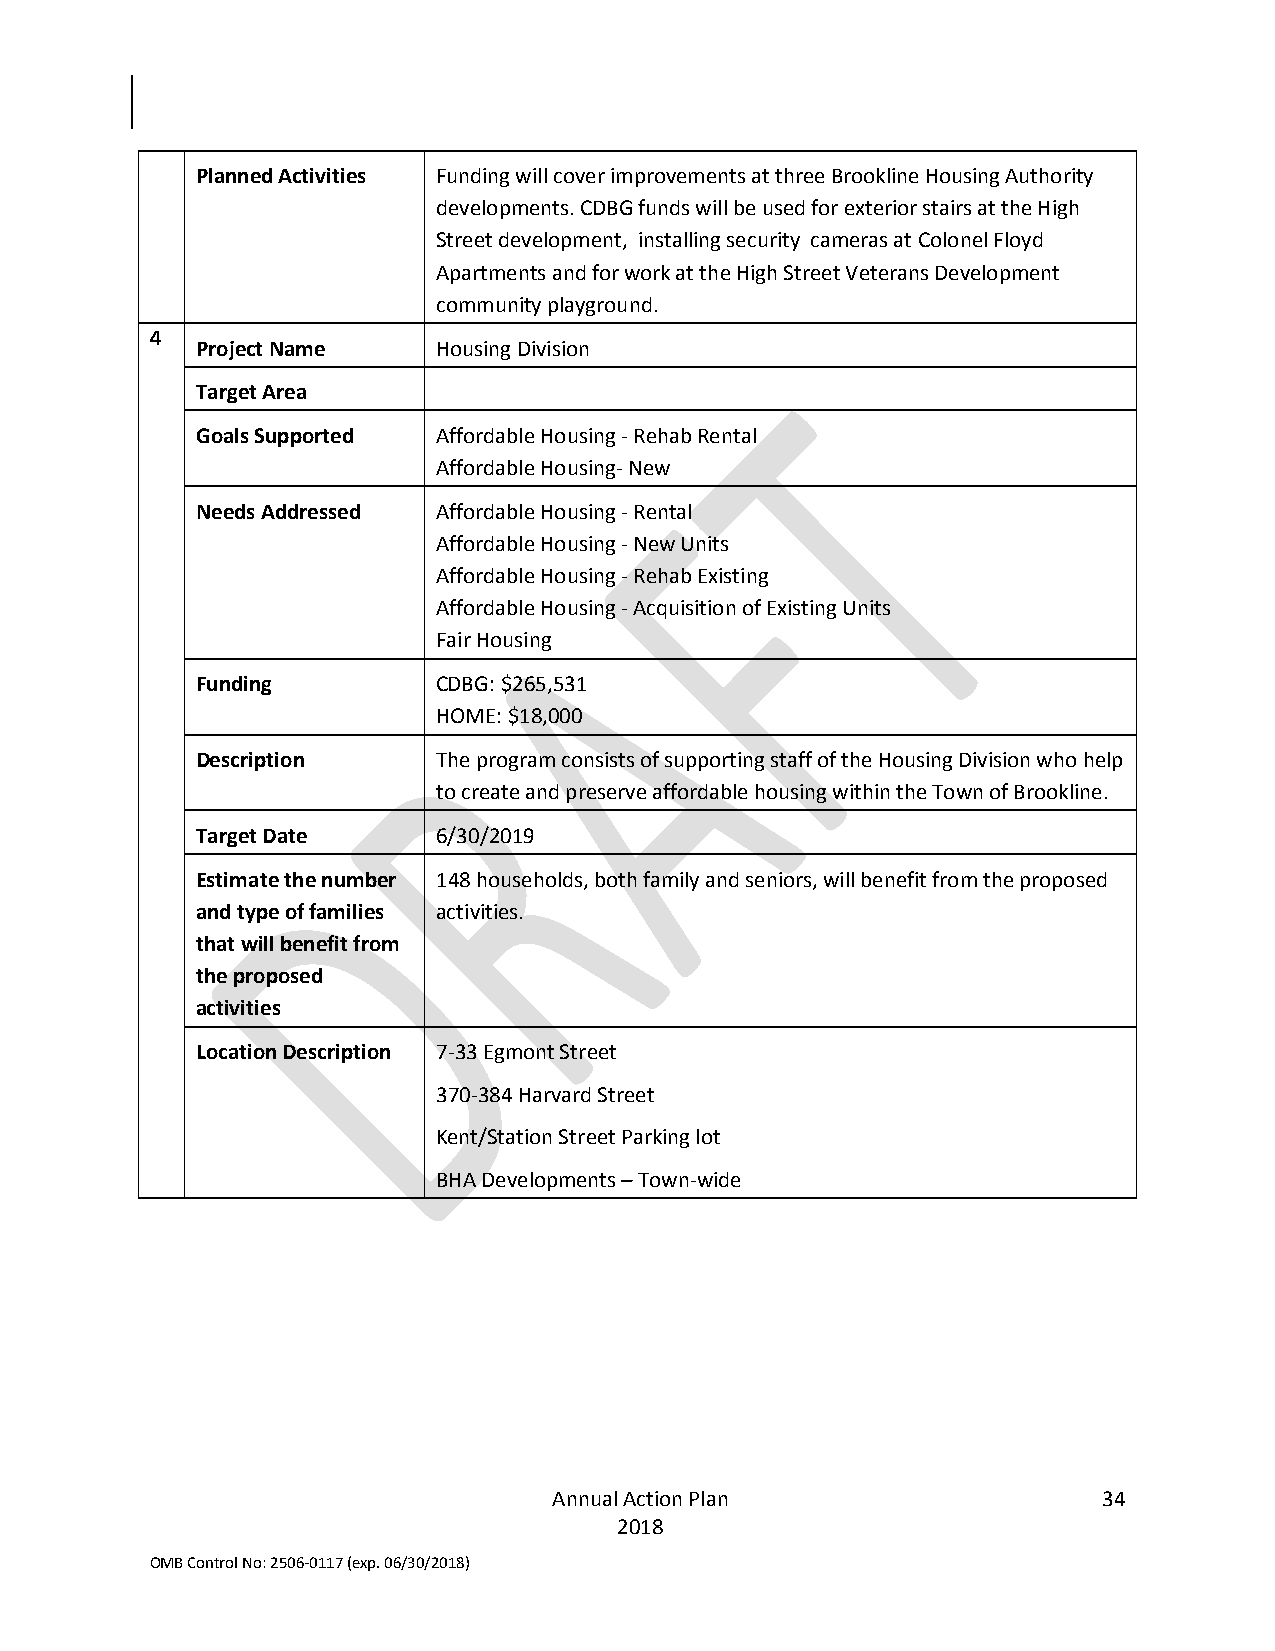
Planned Activities Funding will cover improvements at three Brookline Housing Authority
 developments. CDBG funds will be used for exterior stairs at the High
 Street development, installing security cameras at Colonel Floyd
 Apartments and for work at the High Street Veterans Development
 community playground.
 4
 Project Name    Housing Division
 Target Area
 Goals Supported Affordable Housing - Rehab Rental
 Affordable Housing- New
 Needs Addressed Affordable Housing - Rental
 Affordable Housing - New Units
 Affordable Housing - Rehab Existing
 Affordable Housing - Acquisition of Existing Units
 Fair Housing
 Funding         CDBG: $265,531
 HOME: $18,000
 Description     The program consists of supporting staff of the Housing Division who help
 to create and preserve affordable housing within the Town of Brookline.
 Target Date     6/30/2019
 Estimate the number 148 households, both family and seniors, will benefit from the proposed
 and type of families activities.
 that will benefit from
 the proposed
 activities
 Location Description 7-33 Egmont Street
 370-384 Harvard Street
 Kent/Station Street Parking lot
 BHA Developments – Town-wide
 Annual Action Plan                  34
 2018
 OMB Control No: 2506-0117 (exp. 06/30/2018)